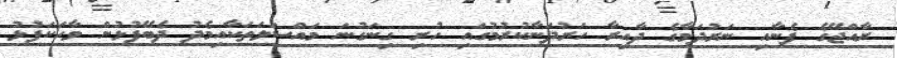
ރާއްޖޭގެ ފެނާއި ނަރުދަމާގެ ދާއިރާ ހަރުދަނާކުރުމުގައި ހުރި ގިނަގުނަ މައްސަލަތަކާއިމެދު ދެބޭފުޅުން ވާހަކަފުޅު